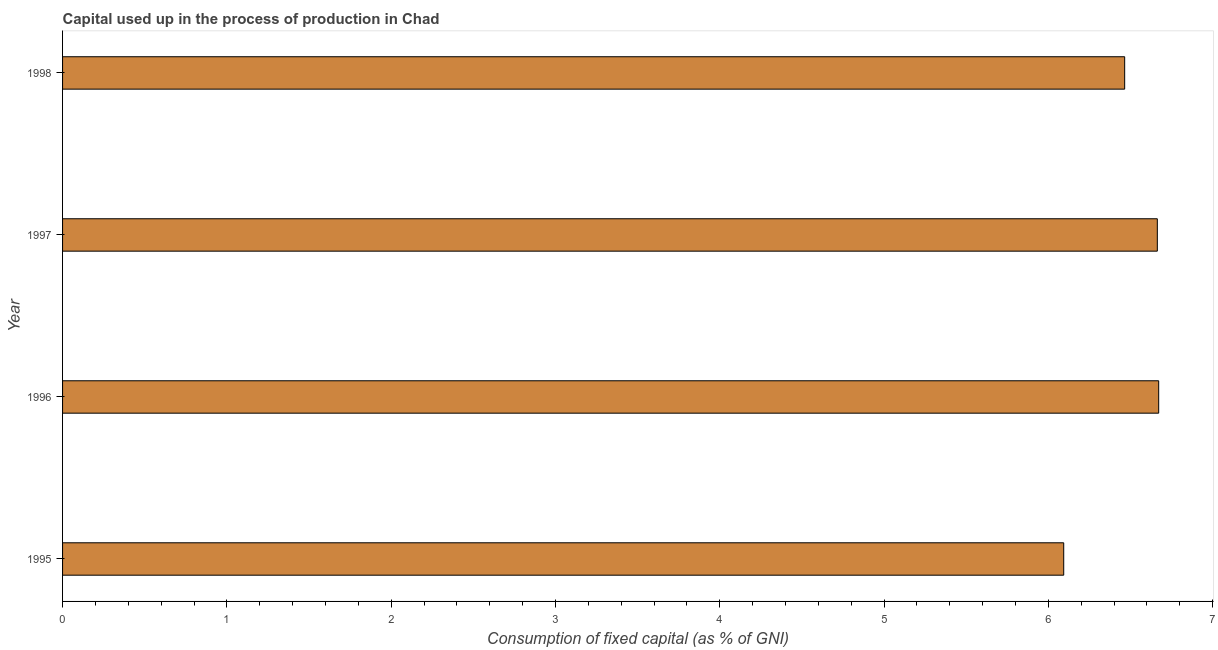
| Year | Consumption of fixed capital |
 | --- | --- |
 | 1995 | 6.09 |
 | 1996 | 6.67 |
 | 1997 | 6.66 |
 | 1998 | 6.46 |